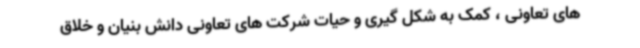
های تعاونی ، کمک به شکل گیری و حیات شرکت های تعاونی دانش بنیان و خلاق